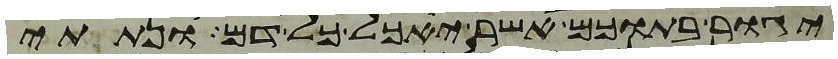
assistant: יגור בתוכם אשר יאכל כל דם ונתתי